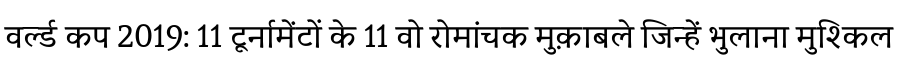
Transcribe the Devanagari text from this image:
वर्ल्ड कप 2019: 11 टूर्नामेंटों के 11 वो रोमांचक मुक़ाबले जिन्हें भुलाना मुश्किल